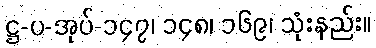
ဋ္ဌ-ပ-အုပ်-၁၄၇၊ ၁၄၈၊ ၁၆၉၊ သုံးနည်း။